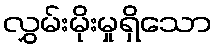
လွှမ်းမိုးမှုရှိသော